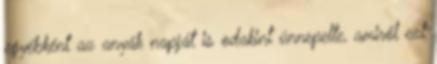
egyébként az anyák napját is odakint ünnepelte, amiről ezt